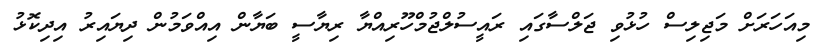
މިއަހަރަށް މަޖިލިސް ހުޅުވި ޖަލްސާގައި ރައީސުލްޖުމްހޫރިއްޔާ ރިޔާސީ ބަޔާން އިއްވަމުން ދިޔައިރު އިދިކޮޅު